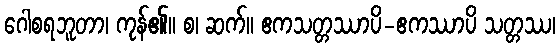
ဂေါစရဘူတာ၊ ကုန်၏။ စ၊ ဆက်။ ဧကသတ္တဿာပိ-ဧကဿာပိ သတ္တဿ၊